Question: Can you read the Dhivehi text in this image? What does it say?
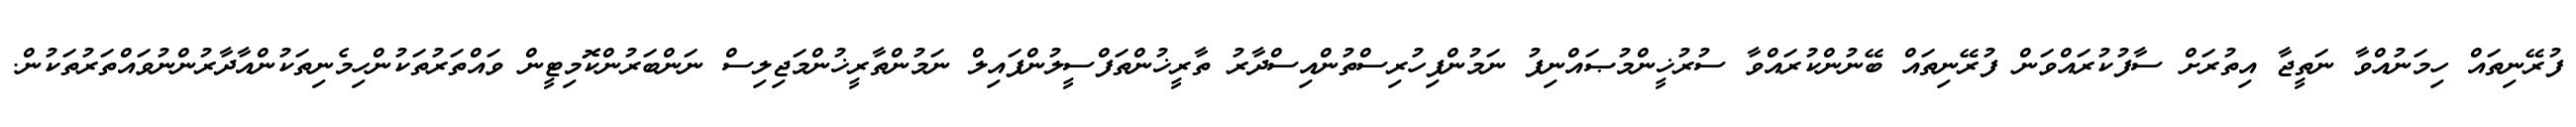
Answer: ފުރޭނިތައް ހިމަނުއްވާ ނަތީޖާ އިތުރަށް ސާފުކުރައްވަން ފުރޭނިތައް ބޭނުންކުރައްވާ ސުރުޚީންމުޞައްނިފު ނަމުންފިހުރިސްތުންއިސްދާރު ތާރީޚުންތަފްސީލުންފައިލް ނަމުންތާރީޚުންމަޖިލިސް ނަންބަރުންކޮމިޓީން ވައްތަރުތަކުންހިމެނިތަކުންއާދާރުންނުވައްތަރުތަކުން.